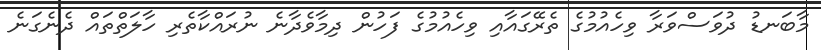
މާބަނޑު ދުވަސްވަރާ ވިހެއުމުގެ ތެރޭގައާއި ވިހެއުމުގެ ފަހުން ދިމާވެދާނެ ނުރައްކާތެރި ހާލަތްތައް ދެނެގަނެ